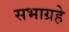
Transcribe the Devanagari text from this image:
सभाग्रहे